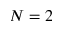
N = 2